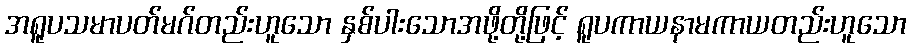
အရူပသမာပတ်မဂ်တည်းဟူသော နှစ်ပါးသောအဖို့တို့ဖြင့် ရူပကာယနာမကာယတည်းဟူသော